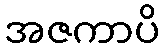
အဇကာပိ